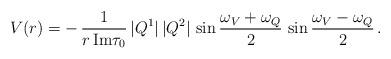
LaTeX: \begin{align*}V(r) =-\,\frac{1}{ r\, {\rm Im} \tau_0}\,|Q^{1}|\,|Q^{2}|\,\sin\frac{\omega_V+\omega_Q}{2}\,\sin\frac{\omega_V-\omega_Q}{2}\,.\end{align*}